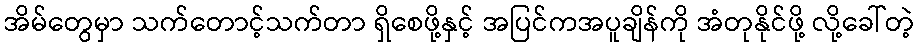
အိမ်တွေမှာ သက်တောင့်သက်တာ ရှိစေဖို့နှင့် အပြင်ကအပူချိန်ကို အံတုနိုင်ဖို့ လို့ခေါ်တဲ့